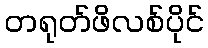
တရုတ်ဖိလစ်ပိုင်